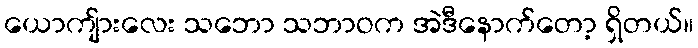
ယောကျ်ားလေး သဘော သဘာဝက အဲဒီနောက်တော့ ရှိတယ်။